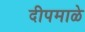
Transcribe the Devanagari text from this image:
दीपमाळे